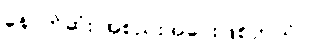
နောက်ဆုံး အစည်းအဝေးဖြစ်တယ်။